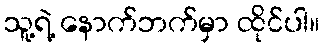
သူ့ရဲ့ နောက်ဘက်မှာ ထိုင်ပါ။